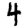
Digit: 4